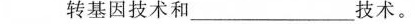
转基因技术和___技术。